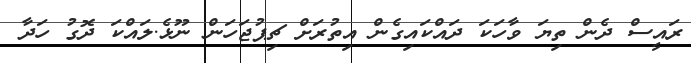
ރައީސް ދެން ތިޔަ ވާހަކަ ދައްކައިގެން އިތުރަށް ޗިޕުޖަހަން ނޫޅެ.ލައްކަ ދޮގު ހަދާ